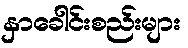
နှာခေါင်းစည်းများ